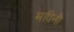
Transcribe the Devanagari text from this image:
महीनौ